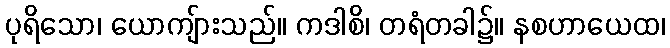
ပုရိသော၊ ယောကျ်ားသည်။ ကဒါစိ၊ တရံတခါ၌။ နစဟာယေထ၊